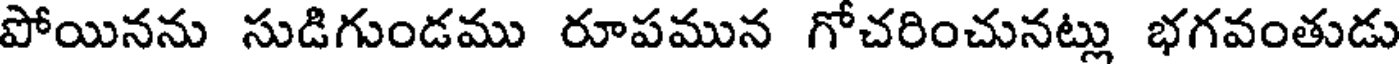
పోయినను సుడిగుండము రూపమున గోచరించునట్లు భగవంతుడు